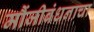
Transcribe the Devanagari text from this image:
मौंजीबंधनाचा